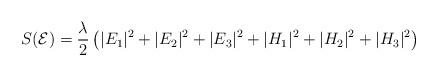
LaTeX: \begin{align*}S(\mathcal{E})=\frac{\lambda}{2}\left(|E_1|^{2}+|E_2|^{2}+|E_3|^{2}+|H_1|^{2}+|H_2|^{2}+|H_3|^{2}\right)\end{align*}